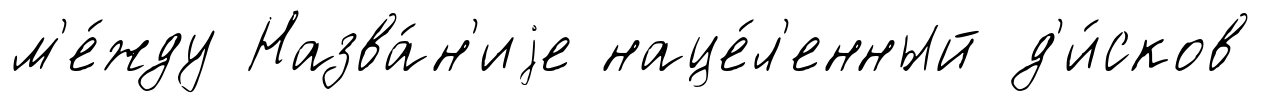
м'е́жду Назва́н'иjе наце́л'енный д'и́сков